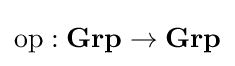
{\text{op}}:{\textbf {Grp}}\to {\textbf {Grp}}